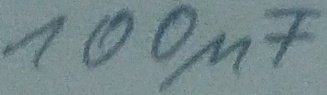
Text: 100µF